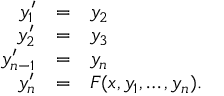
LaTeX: \begin{array} { r c l } { y _ { 1 } ^ { \prime } } & { = } & { y _ { 2 } } \\ { y _ { 2 } ^ { \prime } } & { = } & { y _ { 3 } } \\ { y _ { n - 1 } ^ { \prime } } & { = } & { y _ { n } } \\ { y _ { n } ^ { \prime } } & { = } & { F ( x , y _ { 1 } , \ldots , y _ { n } ) . } \end{array}